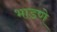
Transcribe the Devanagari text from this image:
भाडणे